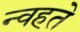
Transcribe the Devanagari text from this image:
न्वहते